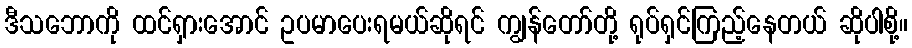
ဒီသဘောကို ထင်ရှားအောင် ဥပမာပေးရမယ်ဆိုရင် ကျွန်တော်တို့ ရုပ်ရှင်ကြည့်နေတယ် ဆိုပါစို့။